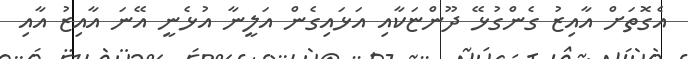
އެގޮތަށް އާއިޒު ގެންގުޅޭ ދޫންޏަކާއި އަޅައިގެން އަލީނާ އުޅެނީ އޭނަ އާއިޒު އާއި